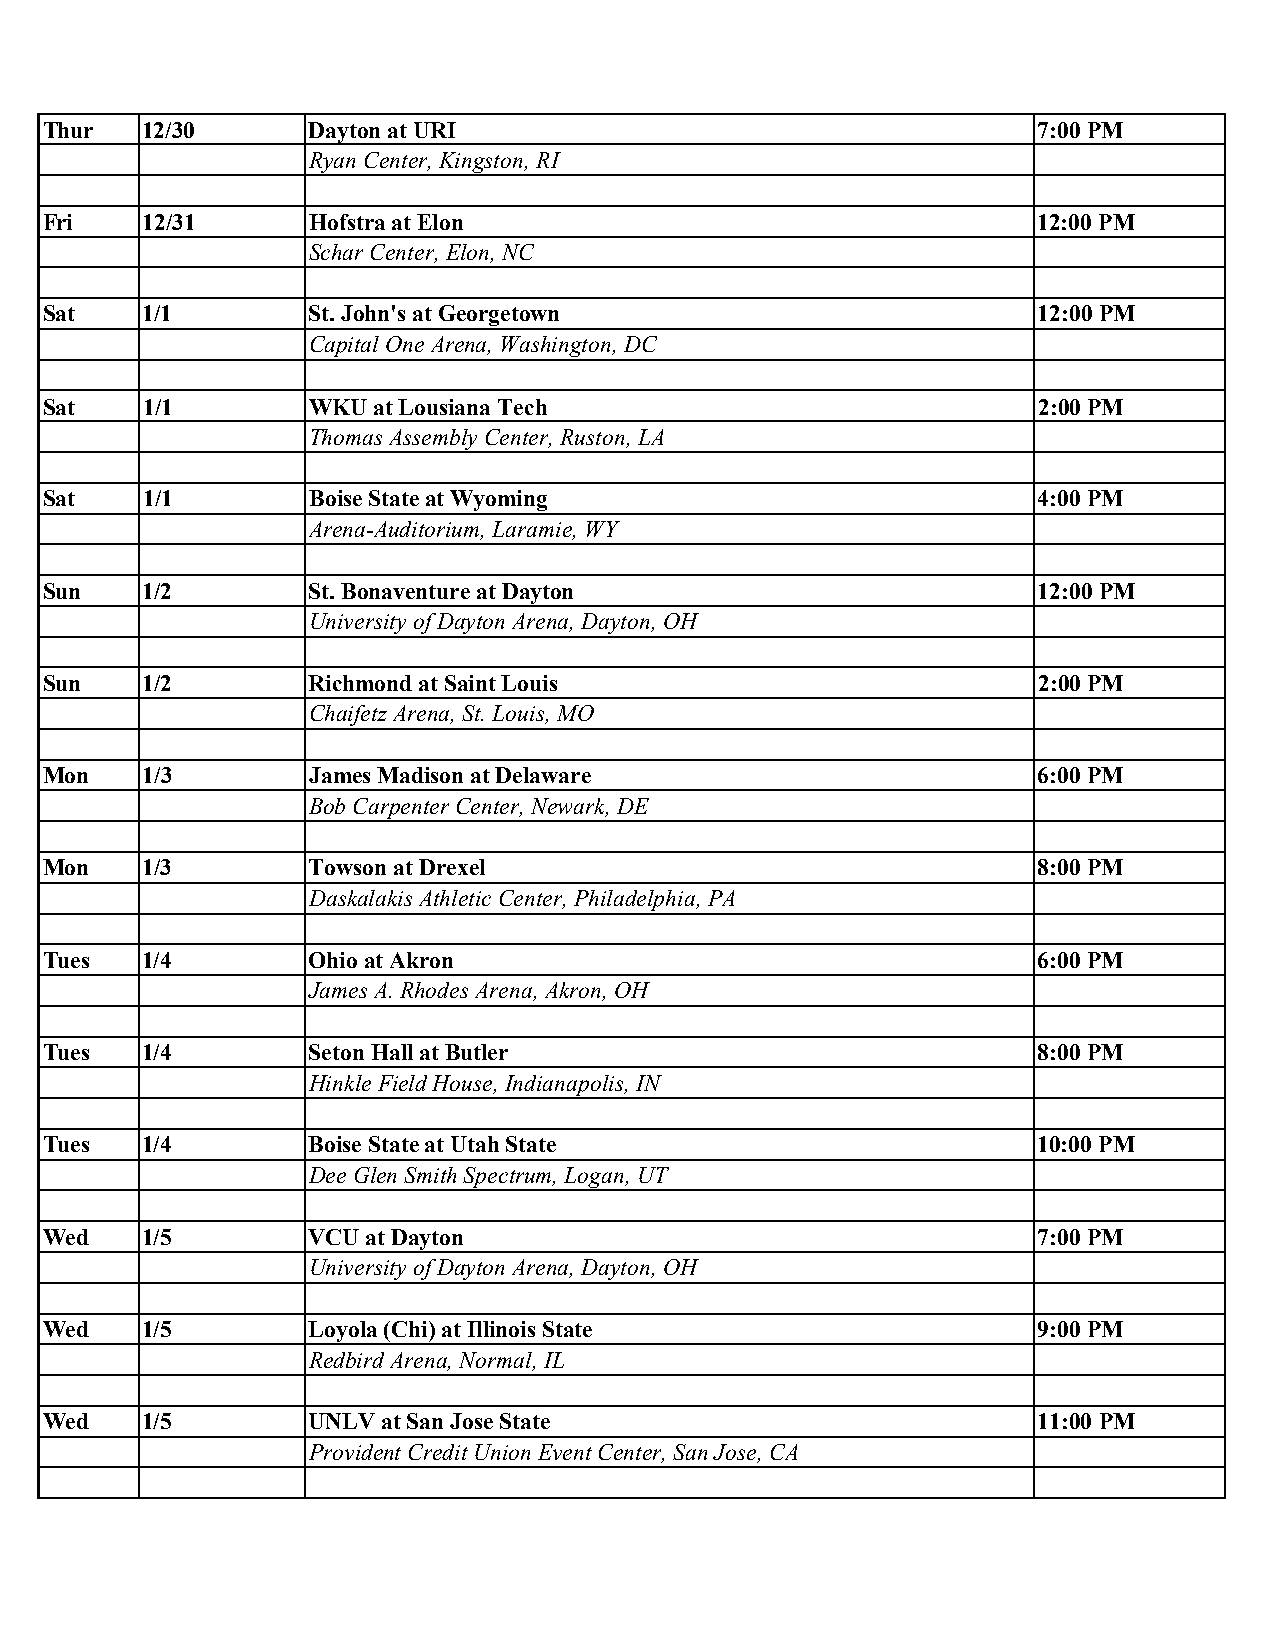
Thur  12/30      Dayton at URI                                    7:00 PM
 Ryan Center, Kingston, RI
 Fri   12/31      Hofstra at Elon                                  12:00 PM
 Schar Center, Elon, NC
 Sat   1/1        St. John's at Georgetown                         12:00 PM
 Capital One Arena, Washington, DC
 Sat   1/1        WKU  at Lousiana Tech                            2:00 PM
 Thomas Assembly Center, Ruston, LA
 Sat   1/1        Boise State at Wyoming                           4:00 PM
 Arena-Auditorium, Laramie, WY
 Sun   1/2        St. Bonaventure at Dayton                        12:00 PM
 University of Dayton Arena, Dayton, OH
 Sun   1/2        Richmond at Saint Louis                          2:00 PM
 Chaifetz Arena, St. Louis, MO
 Mon   1/3        James Madison at Delaware                        6:00 PM
 Bob Carpenter Center, Newark, DE
 Mon   1/3        Towson at Drexel                                 8:00 PM
 Daskalakis Athletic Center, Philadelphia, PA
 Tues  1/4        Ohio at Akron                                    6:00 PM
 James A. Rhodes Arena, Akron, OH
 Tues  1/4        Seton Hall at Butler                             8:00 PM
 Hinkle Field House, Indianapolis, IN
 Tues  1/4        Boise State at Utah State                        10:00 PM
 Dee Glen Smith Spectrum, Logan, UT
 Wed   1/5        VCU at Dayton                                    7:00 PM
 University of Dayton Arena, Dayton, OH
 Wed   1/5        Loyola (Chi) at Illinois State                   9:00 PM
 Redbird Arena, Normal, IL
 Wed   1/5        UNLV at San Jose State                           11:00 PM
 Provident Credit Union Event Center, San Jose, CA